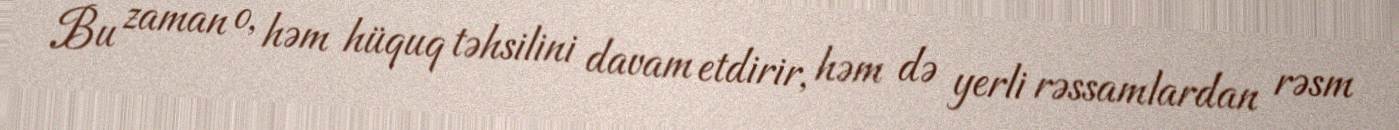
Bu zaman o, həm hüquq təhsilini davam etdirir, həm də yerli rəssamlardan rəsm